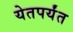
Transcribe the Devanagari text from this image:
येतपर्यंत